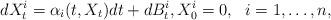
LaTeX: \begin{align*}dX^i_t = \alpha_i(t,X_t)dt + dB^i_t, X^i_0=0, \ \ i=1,\ldots,n, \end{align*}